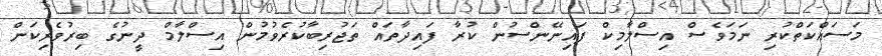
މަސައްކަތްކުރި ނަމަވެސް އިސްލާމިކް ފައިނޭންސުން ކުރާ ފައިދާތައް ތަޖުރިބާކުރެވުމުން އިސްލާމް ދީނުގެ ބިރުވެރިކަން